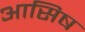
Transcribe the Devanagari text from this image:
आसिष